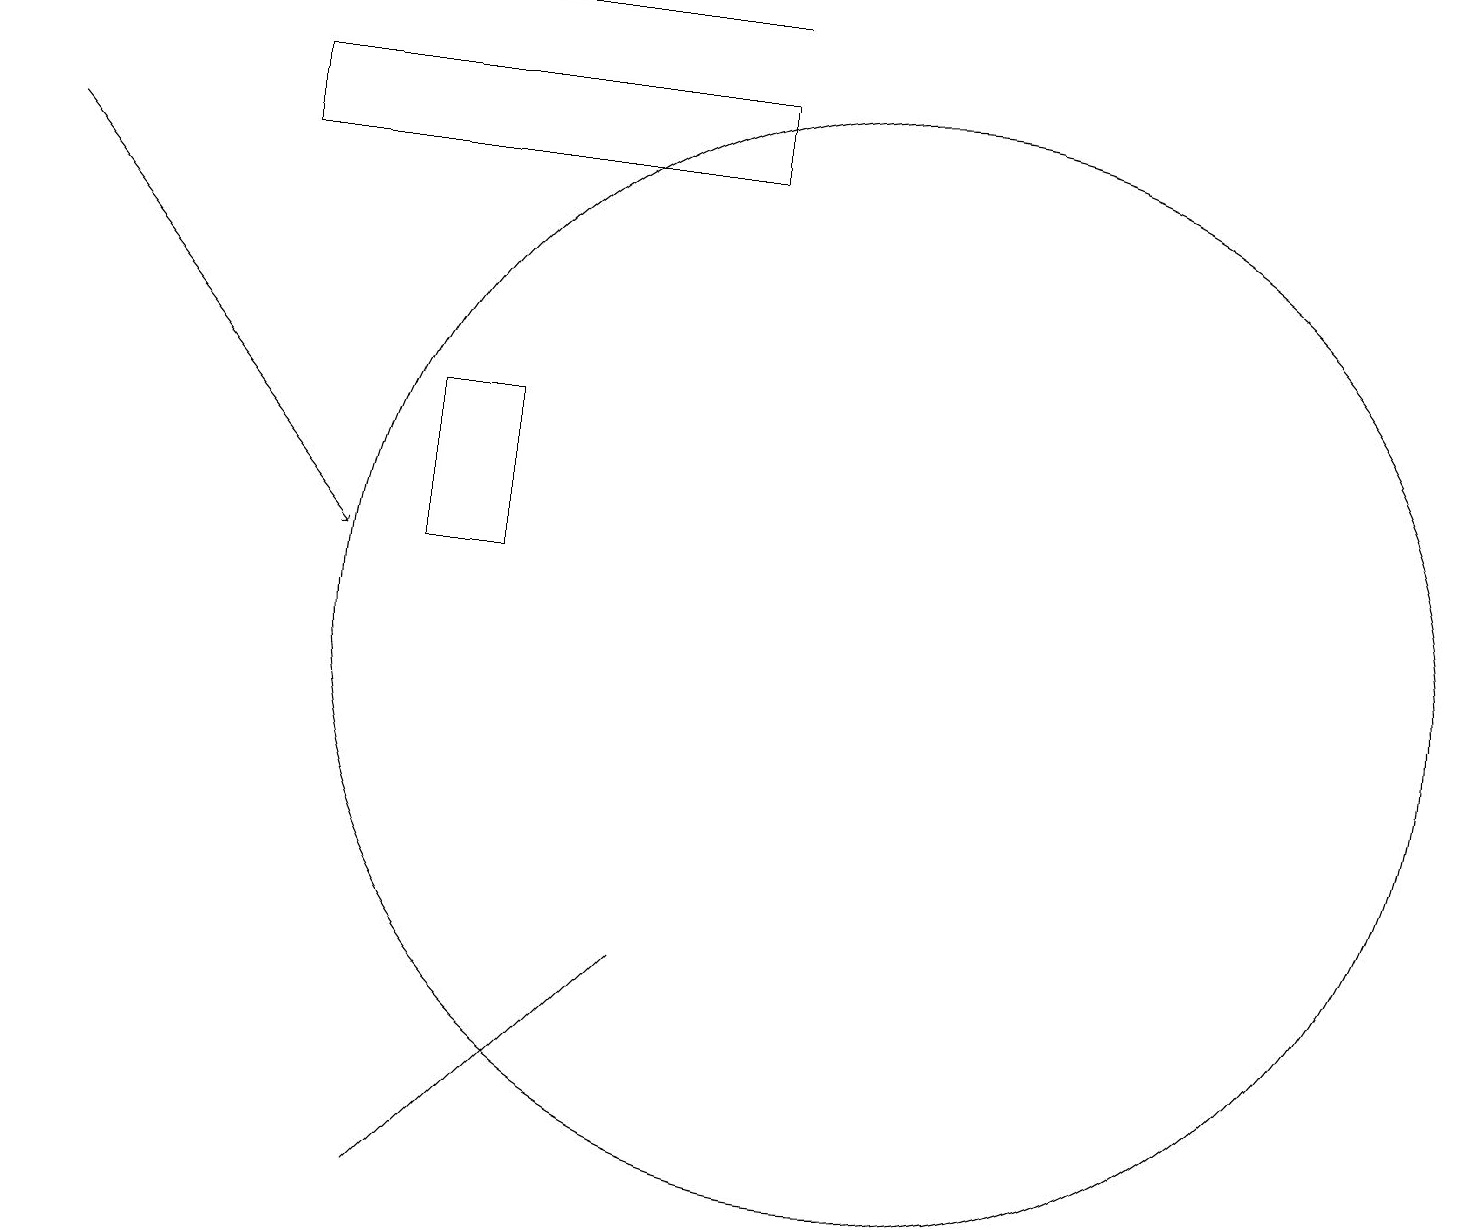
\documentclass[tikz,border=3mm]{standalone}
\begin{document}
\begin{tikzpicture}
\draw[->] (9,18) -- (0,18);
\draw (11,10) circle (7);
\draw[->] (0,16) -- (4,11);
\draw (3,17) rectangle (9,16);
\draw (5,11) rectangle (6,13);
\draw (5,3) -- (8,6) -- (7,5) -- cycle;
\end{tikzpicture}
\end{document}